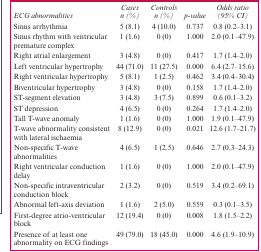
<table><thead><tr><td><b><i>ECG abnormalities</i></b></td><td><b><i>Cases n (%)</i></b></td><td><b><i>Controls n (%)</i></b></td><td><b><i>p-value</i></b></td><td><b><i>Odds ratio (95% CI)</i></b></td></tr></thead><tbody><tr><td>Sinus arrhythmia</td><td>5 (8.1)</td><td>4 (10.0)</td><td>0.737</td><td>0.8 (0.2–3.1)</td></tr><tr><td>Sinus rhythm with ventricular premature complex</td><td>1 (1.6)</td><td>0 (0)</td><td>1.000</td><td>2.0 (0.1–47.9)</td></tr><tr><td>Right atrial enlargement</td><td>3 (4.8)</td><td>0 (0)</td><td>0.417</td><td>1.7 (1.4–2.0)</td></tr><tr><td>Left ventricular hypertrophy</td><td>44 (71.0)</td><td>11 (27.5)</td><td>0.000</td><td>6.4 (2.7–15.6)</td></tr><tr><td>Right ventricular hypertrophy</td><td>5 (8.1)</td><td>1 (2.5)</td><td>0.462</td><td>3.4 (0.4–30.4)</td></tr><tr><td>Biventricular hypertrophy</td><td>3 (4.8)</td><td>0 (0)</td><td>0.158</td><td>1.7 (1.4–2.0)</td></tr><tr><td>ST-segment elevation</td><td>3 (4.8)</td><td>3 (7.5)</td><td>0.899</td><td>0.6 (0.1–3.2)</td></tr><tr><td>ST depression</td><td>4 (6.5)</td><td>0 (0)</td><td>0.264</td><td>1.7 (1.4–2.0)</td></tr><tr><td>Tall T-wave anomaly</td><td>1 (1.6)</td><td>0 (0)</td><td>1.000</td><td>1.9 (0.1–47.9)</td></tr><tr><td>T-wave abnormality consistent with lateral ischaemia</td><td>8 (12.9)</td><td>0 (0)</td><td>0.021</td><td>12.6 (1.7–21.7)</td></tr><tr><td>Non-specific T-wave abnormalities</td><td>4 (6.5)</td><td>1 (2.5)</td><td>0.646</td><td>2.7 (0.3–24.3)</td></tr><tr><td>Right ventricular conduction delay</td><td>1 (1.6)</td><td>0 (0)</td><td>1.000</td><td>2.0 (0.1–47.9)</td></tr><tr><td>Non-specific intraventricular conduction block</td><td>2 (3.2)</td><td>0 (0)</td><td>0.519</td><td>3.4 (0.2–69.1)</td></tr><tr><td>Abnormal left-axis deviation</td><td>1 (1.6)</td><td>2 (5.0)</td><td>0.559</td><td>0.3 (0.1–3.5)</td></tr><tr><td>First-degree atrio-ventricular block</td><td>12 (19.4)</td><td>0 (0)</td><td>0.008</td><td>1.8 (1.5–2.2)</td></tr><tr><td>Presence of at least one abnormality on ECG findings</td><td>49 (79.0)</td><td>18 (45.0)</td><td>0.000</td><td>4.6 (1.9–10.9)</td></tr></tbody></table>